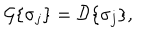
{ \cal G } \{ \sigma _ { j } \} = { \cal D } \{ \sigma _ { j } \} ,